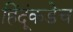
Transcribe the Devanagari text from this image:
हिंदूंकडेच